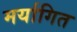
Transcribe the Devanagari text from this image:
मर्यागित